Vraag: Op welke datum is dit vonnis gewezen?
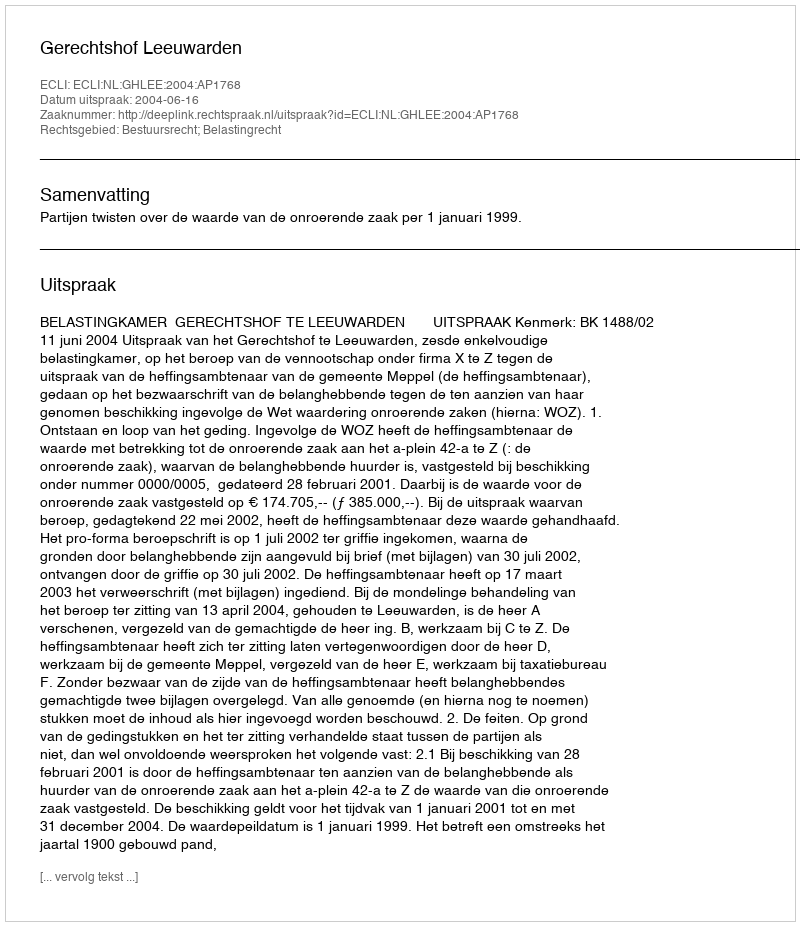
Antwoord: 2004-06-16